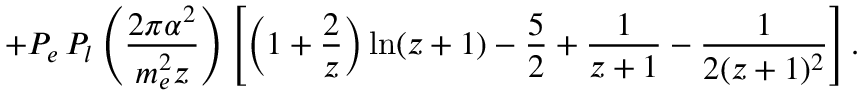
+ P _ { e } \, P _ { l } \left( \frac { 2 \pi \alpha ^ { 2 } } { m _ { e } ^ { 2 } z } \right) \left[ \left( 1 + \frac { 2 } { z } \right) \ln ( z + 1 ) - \frac { 5 } { 2 } + \frac { 1 } { z + 1 } - \frac { 1 } { 2 ( z + 1 ) ^ { 2 } } \right] .